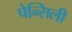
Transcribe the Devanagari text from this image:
पेन्सिली